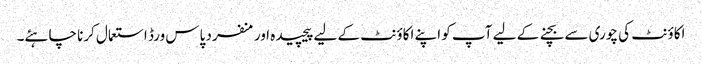
اکاؤنٹ کی چوری سے بچنے کے لیے آپ کو اپنے اکاؤنٹ کے لیے پیچیدہ اور منفرد پاس ورڈ استعمال کرنا چاہئے۔